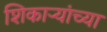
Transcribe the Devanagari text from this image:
शिकाऱ्यांच्या